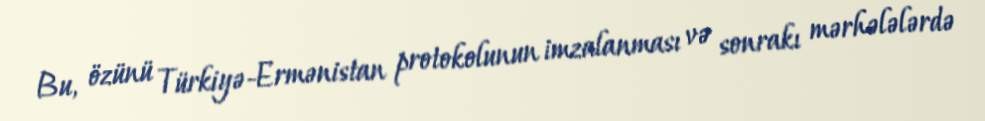
Bu, özünü Türkiyə-Ermənistan protokolunun imzalanması və sonrakı mərhələlərdə